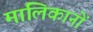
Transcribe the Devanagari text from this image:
मालिकानों